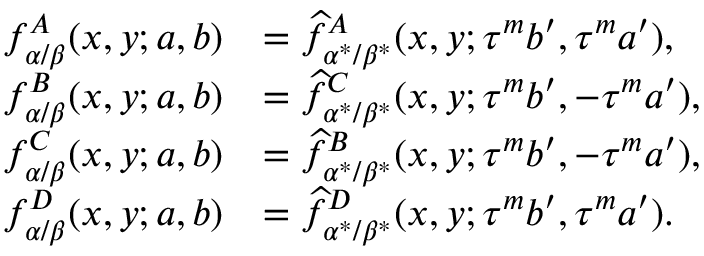
\begin{array} { r l } { f _ { \alpha / \beta } ^ { A } ( x , y ; a , b ) } & { = \widehat { f } _ { \alpha ^ { * } / \beta ^ { * } } ^ { A } ( x , y ; \tau ^ { m } b ^ { \prime } , \tau ^ { m } a ^ { \prime } ) , } \\ { f _ { \alpha / \beta } ^ { B } ( x , y ; a , b ) } & { = \widehat { f } _ { \alpha ^ { * } / \beta ^ { * } } ^ { C } ( x , y ; \tau ^ { m } b ^ { \prime } , - \tau ^ { m } a ^ { \prime } ) , } \\ { f _ { \alpha / \beta } ^ { C } ( x , y ; a , b ) } & { = \widehat { f } _ { \alpha ^ { * } / \beta ^ { * } } ^ { B } ( x , y ; \tau ^ { m } b ^ { \prime } , - \tau ^ { m } a ^ { \prime } ) , } \\ { f _ { \alpha / \beta } ^ { D } ( x , y ; a , b ) } & { = \widehat { f } _ { \alpha ^ { * } / \beta ^ { * } } ^ { D } ( x , y ; \tau ^ { m } b ^ { \prime } , \tau ^ { m } a ^ { \prime } ) . } \end{array}